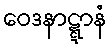
ဝေဒနာဋ္ဋာနံ